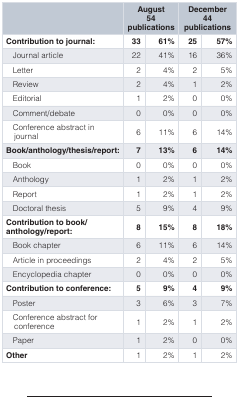
<table><thead><tr><td></td><td colspan="2"><b>August54publications</b></td><td colspan="2"><b>December44publications</b></td></tr></thead><tbody><tr><td><b>Contribution to journal:</b></td><td><b>33</b></td><td><b>61%</b></td><td><b>25</b></td><td><b>57%</b></td></tr><tr><td>Journal article</td><td>22</td><td>41%</td><td>16</td><td>36%</td></tr><tr><td>Letter</td><td>2</td><td>4%</td><td>2</td><td>5%</td></tr><tr><td>Review</td><td>2</td><td>4%</td><td>1</td><td>2%</td></tr><tr><td>Editorial</td><td>1</td><td>2%</td><td>0</td><td>0%</td></tr><tr><td>Comment/debate</td><td>0</td><td>0%</td><td>0</td><td>0%</td></tr><tr><td>Conference abstract injournal</td><td>6</td><td>11%</td><td>6</td><td>14%</td></tr><tr><td><b>Book/anthology/thesis/report:</b></td><td><b>7</b></td><td><b>13%</b></td><td><b>6</b></td><td><b>14%</b></td></tr><tr><td>Book</td><td>0</td><td>0%</td><td>0</td><td>0%</td></tr><tr><td>Anthology</td><td>1</td><td>2%</td><td>1</td><td>2%</td></tr><tr><td>Report</td><td>1</td><td>2%</td><td>1</td><td>2%</td></tr><tr><td>Doctoral thesis</td><td>5</td><td>9%</td><td>4</td><td>9%</td></tr><tr><td><b>Contribution to book/</b><b>anthology/report:</b></td><td><b>8</b></td><td><b>15%</b></td><td><b>8</b></td><td><b>18%</b></td></tr><tr><td>Book chapter</td><td>6</td><td>11%</td><td>6</td><td>14%</td></tr><tr><td>Article in proceedings</td><td>2</td><td>4%</td><td>2</td><td>5%</td></tr><tr><td>Encyclopedia chapter</td><td>0</td><td>0%</td><td>0</td><td>0%</td></tr><tr><td><b>Contribution to conference:</b></td><td><b>5</b></td><td><b>9%</b></td><td><b>4</b></td><td><b>9%</b></td></tr><tr><td>Poster</td><td>3</td><td>6%</td><td>3</td><td>7%</td></tr><tr><td>Conference abstract forconference</td><td>1</td><td>2%</td><td>1</td><td>2%</td></tr><tr><td>Paper</td><td>1</td><td>2%</td><td>0</td><td>0%</td></tr><tr><td><b>Other</b></td><td>1</td><td>2%</td><td>1</td><td>2%</td></tr></tbody></table>